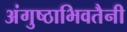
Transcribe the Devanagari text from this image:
अंगुष्ठाभिवतैनी